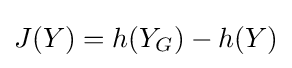
J(Y)=h(Y_{G})-h(Y)